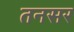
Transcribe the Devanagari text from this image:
तनसर